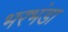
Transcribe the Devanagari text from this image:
भरभंडा